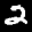
Label: 2